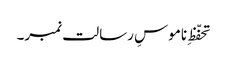
تحفّظِ ناموسِ رسالت نمبر۔